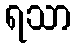
ရသာ